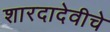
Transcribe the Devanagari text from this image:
शारदादेवीचे